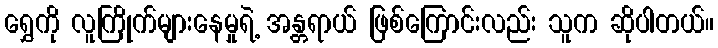
ရွှေကို လူကြိုက်များနေမှုရဲ့ အန္တရာယ် ဖြစ်ကြောင်းလည်း သူက ဆိုပါတယ်။